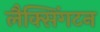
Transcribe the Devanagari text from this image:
लैक्सिंगटन